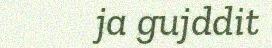
ja gujddit